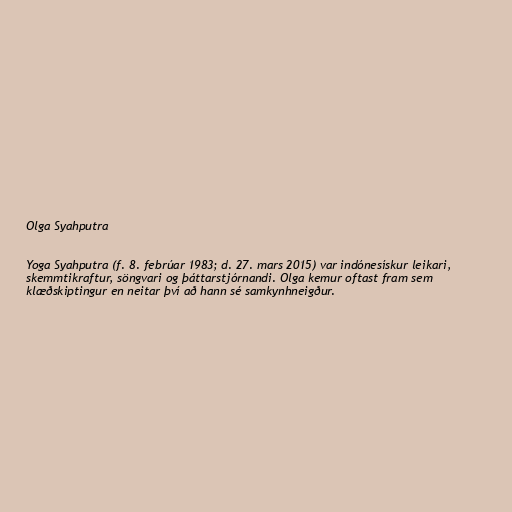
Olga Syahputra

Yoga Syahputra (f. 8. febrúar 1983; d. 27. mars 2015) var indónesískur leikari,
skemmtikraftur, söngvari og þáttarstjórnandi. Olga kemur oftast fram sem
klæðskiptingur en neitar því að hann sé samkynhneigður.